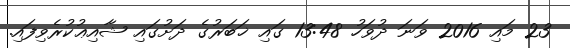
23 މައި 2016 ވަނަ ދުވަހު 13:48 ގައި ޚަބަރުގެ ދަށުގައި ޝާއިޢުކުރެވިފައި.